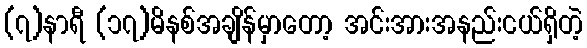
(၇)နာရီ (၁၇)မိနစ်အချိန်မှာတော့ အင်းအားအနည်းငယ်ရှိတဲ့